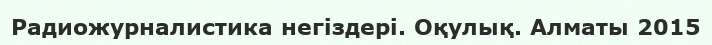
Радиожурналистика негіздері. Оқулық. Алматы 2015